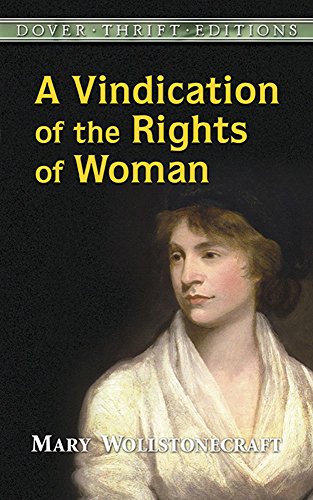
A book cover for A Vindication of the Rights of Woman (Dover Thrift Editions); Mary Wollstonecraft; Politics & Social Sciences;